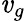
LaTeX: \mathit{v}_{g}